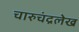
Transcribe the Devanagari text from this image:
चारुचंद्रलेख